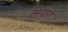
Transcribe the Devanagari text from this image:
सियारों